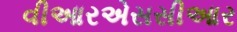
વીઆરએસસીઆર